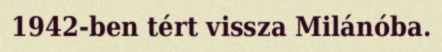
1942-ben tért vissza Milánóba.